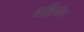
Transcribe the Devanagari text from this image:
बहिर्वत